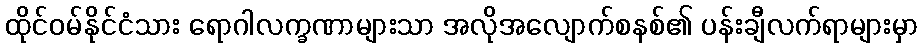
ထိုင်ဝမ်နိုင်ငံသား ရောဂါလက္ခဏာများသာ အလိုအလျောက်စနစ်၏ ပန်းချီလက်ရာများမှာ